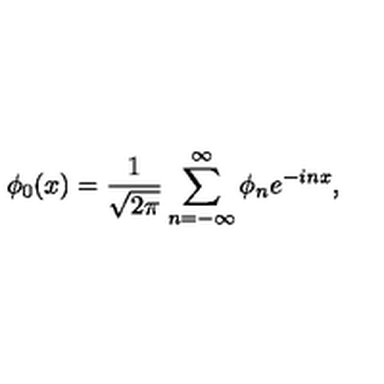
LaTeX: \phi _ { 0 } ( x ) = { \frac { 1 } { \sqrt { 2 \pi } } } \sum _ { n = - \infty } ^ { \infty } \phi _ { n } e ^ { - i n x } ,